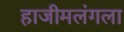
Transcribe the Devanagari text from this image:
हाजीमलंगला